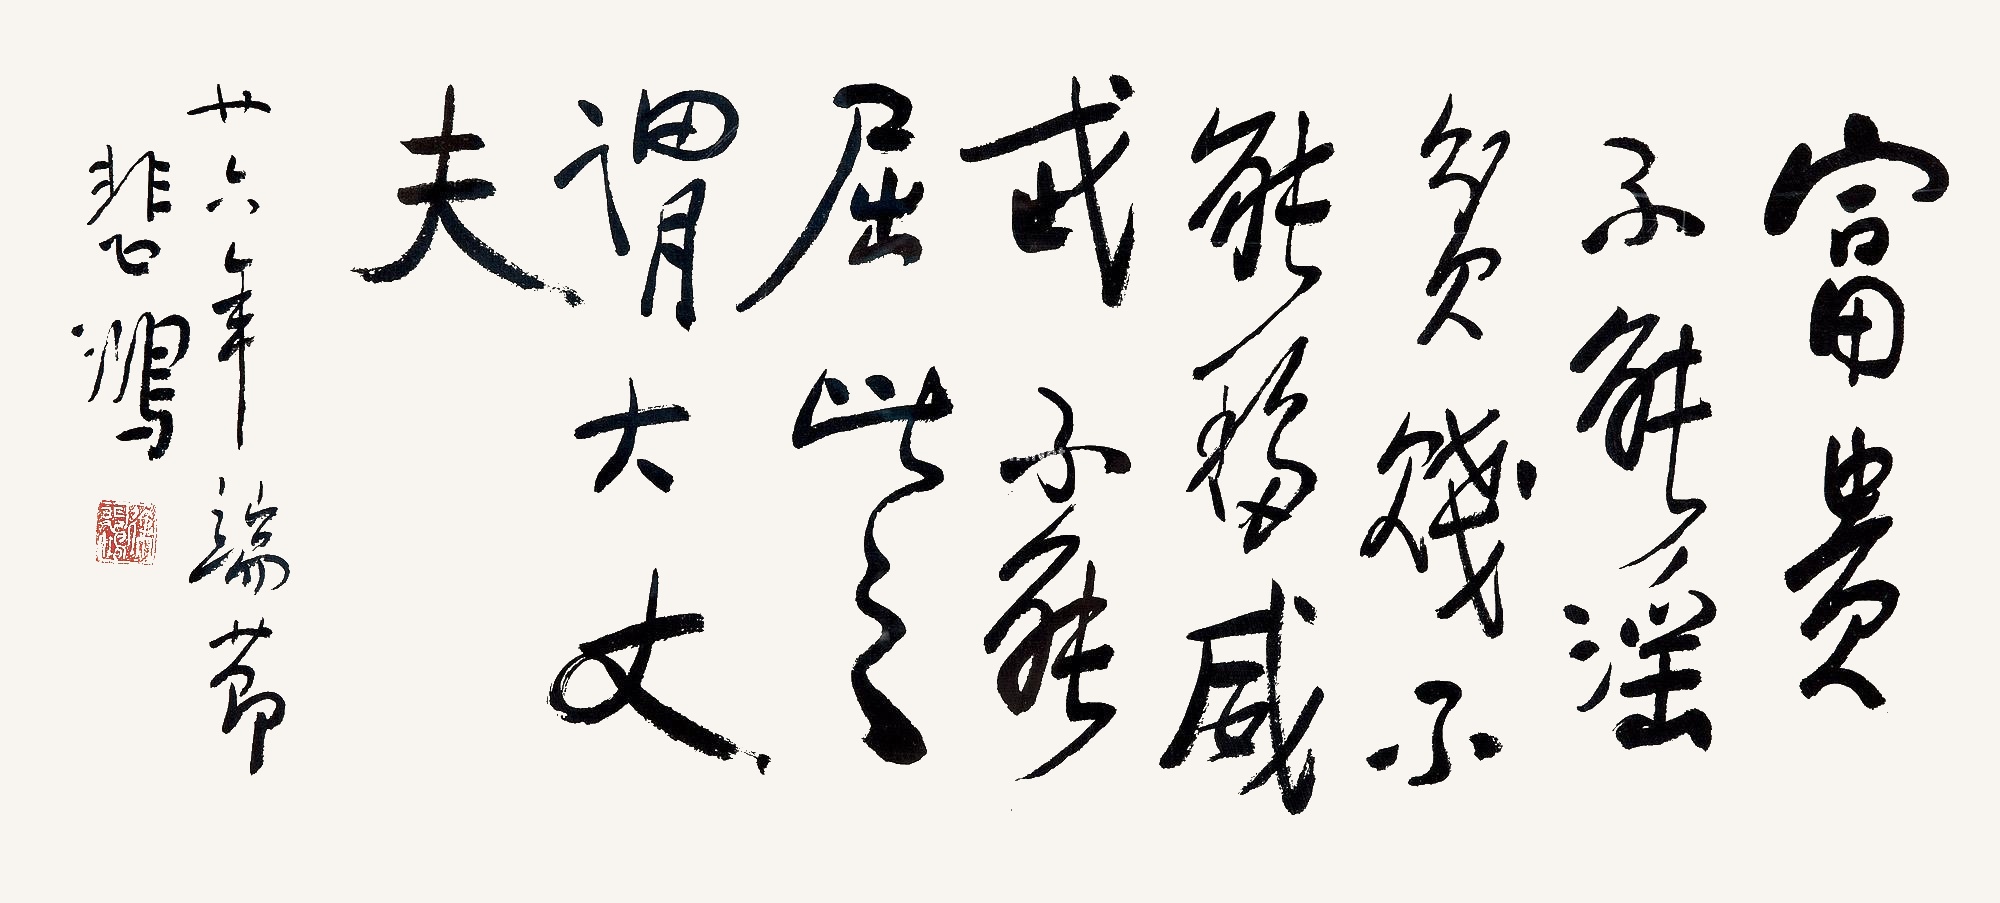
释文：富贵不能淫；贫贱不能移；威武不能屈；此之谓大丈夫。廿六年端节，悲鸿。